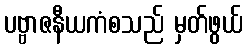
ပဗ္ဗာဇနီယကံစသည် မှတ်ဖွယ်